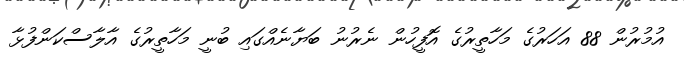
އުމުރުން 88 އަހަރުގެ މަހާތީރުގެ އޮފީހުން ނެރުނު ބަޔާނެއްގައި ބުނީ މަހާތީރުގެ އާލާސްކަންފުޅާ